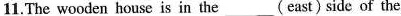
11.The wooden house is in the ___(east) side of the